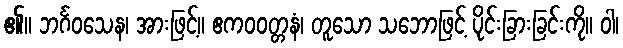
၏။ ဘင်္ဂဝသေန၊ အားဖြင့်။ ဧကဝဝတ္တနံ၊ တူသော သဘောဖြင့် ပိုင်းခြားခြင်းကို။ ဝါ၊